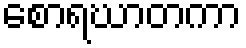
စောရဃာတကာ